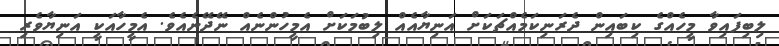
ލިބިފައިވާ މީހެއްގެ ކިބައިން ދެރަނިކަމެއްޗަކަށް އަނިޔާއެއް ލިބުމަކަށް އެމީހުންނެއް ނޭދޭނެއެވެ. އެމީހާއަކީ އަނިޔާވެރި